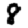
Digit: 8